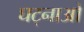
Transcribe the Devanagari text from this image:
घट्नाओ